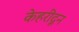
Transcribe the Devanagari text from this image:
केहरीदून